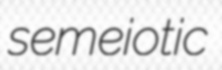
semeiotic